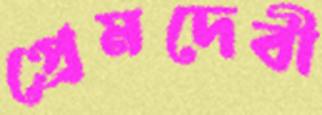
প্রেমদেবী